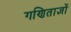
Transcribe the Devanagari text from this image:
गणिताज्ञों